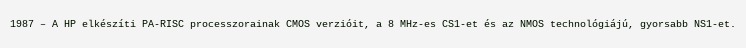
1987 – A HP elkészíti PA-RISC processzorainak CMOS verzióit, a 8 MHz-es CS1-et és az NMOS technológiájú, gyorsabb NS1-et.